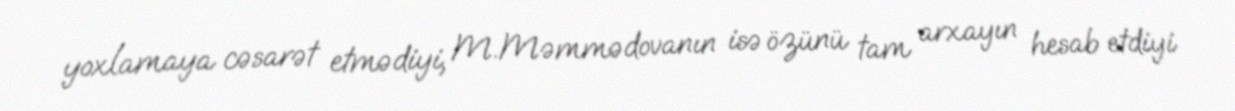
yoxlamaya cəsarət etmədiyi, M.Məmmədovanın isə özünü tam arxayın hesab etdiyi